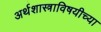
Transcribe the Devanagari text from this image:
अर्थशास्त्राविषयीच्या